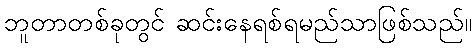
ဘူတာတစ်ခုတွင် ဆင်းနေရစ်ရမည်သာဖြစ်သည်။